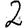
Digit: 2